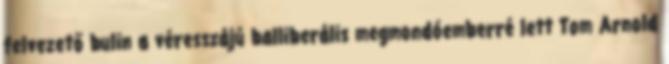
felvezető bulin a véresszájú balliberális megmondóemberré lett Tom Arnold